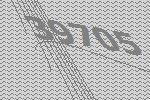
39705